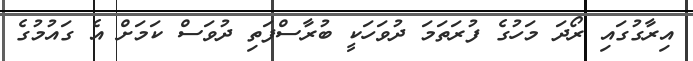
އިރާގުގައި ރޯދަ މަހުގެ ފުރަތަމަ ދުވަހަކީ ބުރާސްފަތި ދުވަސް ކަމަށް އެ ގައުމުގެ